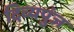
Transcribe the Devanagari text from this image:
दिव्यपुंज